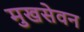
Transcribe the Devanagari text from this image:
मुखसेवन